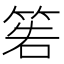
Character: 𥮂